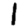
Digit: 1